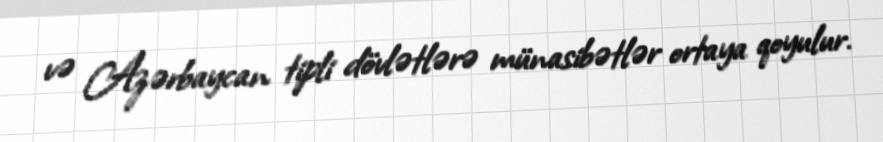
və Azərbaycan tipli dövlətlərə münasibətlər ortaya qoyulur.